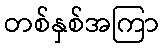
တစ်နှစ်အကြာ